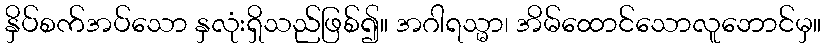
နှိပ်စက်အပ်သော နှလုံးရှိသည်ဖြစ်၍။ အဂါရသ္မာ၊ အိမ်ထောင်သောလူဘောင်မှ။